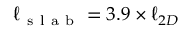
\ell _ { \mathrm { ~ s ~ l ~ a ~ b ~ } } = 3 . 9 \times \ell _ { 2 D }